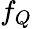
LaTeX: f_{Q}